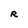
Character: R